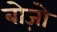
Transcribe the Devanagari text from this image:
बोज़ो